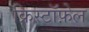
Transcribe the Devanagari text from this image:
क्रिस्टॉफ़ेल